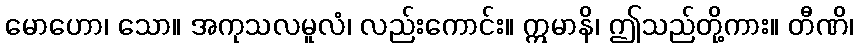
မောဟော၊ သော။ အကုသလမူလံ၊ လည်းကောင်း။ ဣမာနိ၊ ဤသည်တို့ကား။ တီဏိ၊